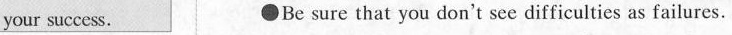
your success. Be sure that you don't see difficulties as failures.